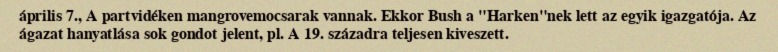
április 7., A partvidéken mangrovemocsarak vannak. Ekkor Bush a "Harken"nek lett az egyik igazgatója. Az ágazat hanyatlása sok gondot jelent, pl. A 19. századra teljesen kiveszett.